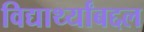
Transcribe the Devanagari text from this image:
विद्यार्थ्यांबद्दल